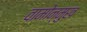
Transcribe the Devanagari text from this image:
वामोन्मुख